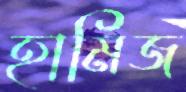
হামিজ